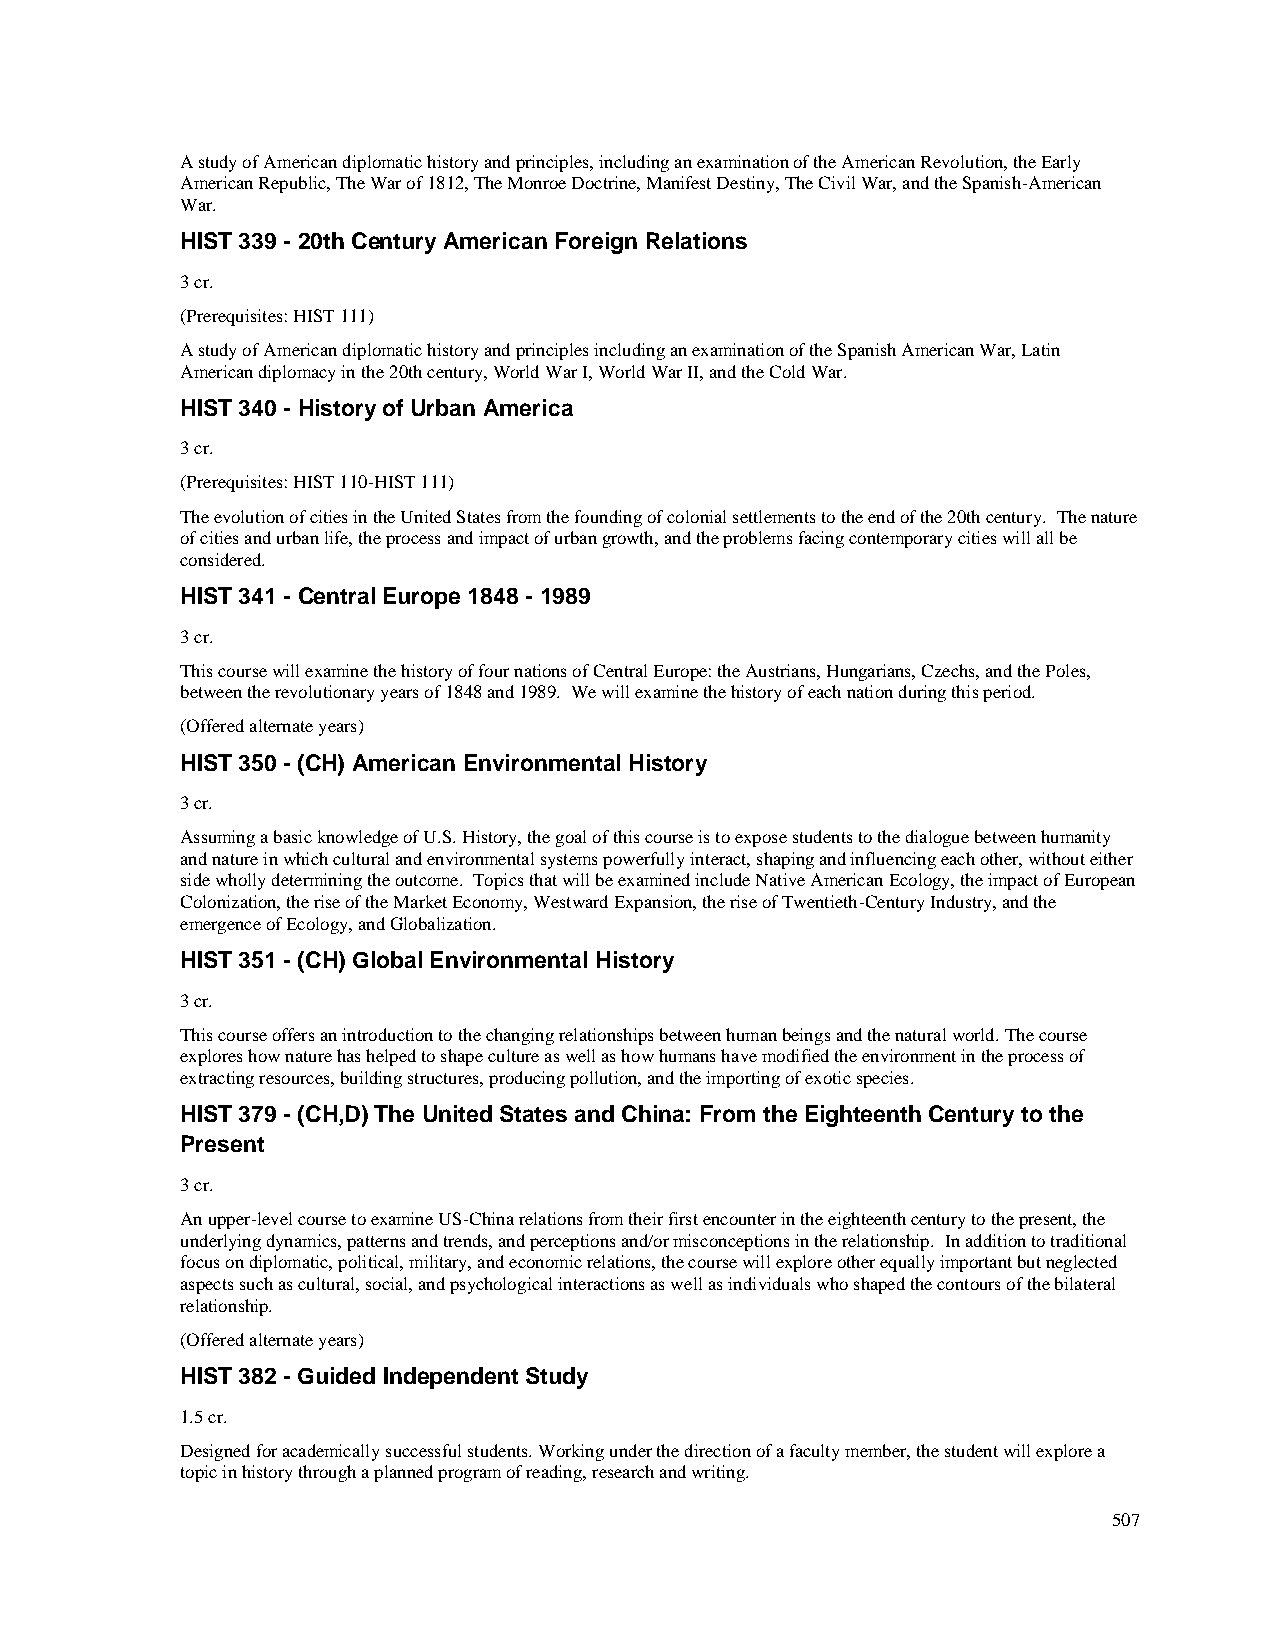
A study of American diplomatic history and principles, including an examination of the American Revolution, the Early
 American Republic, The War of 1812, The Monroe Doctrine, Manifest Destiny, The Civil War, and the Spanish-American
 War.
 HIST 339 - 20th Century American Foreign Relations
 3 cr.
 (Prerequisites: HIST 111)
 A study of American diplomatic history and principles including an examination of the Spanish American War, Latin
 American diplomacy in the 20th century, World War I, World War II, and the Cold War.
 HIST 340 - History of Urban America
 3 cr.
 (Prerequisites: HIST 110-HIST 111)
 The evolution of cities in the United States from the founding of colonial settlements to the end of the 20th century. The nature
 of cities and urban life, the process and impact of urban growth, and the problems facing contemporary cities will all be
 considered.
 HIST 341 - Central Europe 1848 - 1989
 3 cr.
 This course will examine the history of four nations of Central Europe: the Austrians, Hungarians, Czechs, and the Poles,
 between the revolutionary years of 1848 and 1989. We will examine the history of each nation during this period.
 (Offered alternate years)
 HIST 350 - (CH) American Environmental History
 3 cr.
 Assuming a basic knowledge of U.S. History, the goal of this course is to expose students to the dialogue between humanity
 and nature in which cultural and environmental systems powerfully interact, shaping and influencing each other, without either
 side wholly determining the outcome. Topics that will be examined include Native American Ecology, the impact of European
 Colonization, the rise of the Market Economy, Westward Expansion, the rise of Twentieth-Century Industry, and the
 emergence of Ecology, and Globalization.
 HIST 351 - (CH) Global Environmental History
 3 cr.
 This course offers an introduction to the changing relationships between human beings and the natural world. The course
 explores how nature has helped to shape culture as well as how humans have modified the environment in the process of
 extracting resources, building structures, producing pollution, and the importing of exotic species.
 HIST 379 - (CH,D) The United States and China: From the Eighteenth Century to the
 Present
 3 cr.
 An upper-level course to examine US-China relations from their first encounter in the eighteenth century to the present, the
 underlying dynamics, patterns and trends, and perceptions and/or misconceptions in the relationship. In addition to traditional
 focus on diplomatic, political, military, and economic relations, the course will explore other equally important but neglected
 aspects such as cultural, social, and psychological interactions as well as individuals who shaped the contours of the bilateral
 relationship.
 (Offered alternate years)
 HIST 382 - Guided Independent Study
 1.5 cr.
 Designed for academically successful students. Working under the direction of a faculty member, the student will explore a
 topic in history through a planned program of reading, research and writing.
 507